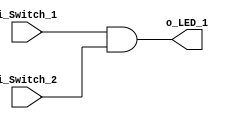
module And_Gate
(input i_Switch_1,
input i_Switch_2,
output o_LED_1);

assign o_LED_1 = i_Switch_1 & i_Switch_2;

endmodule